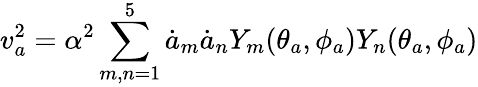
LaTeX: v_{a}^{2}=\alpha^{2}\sum_{m,n=1}^{5}\dot{a}_{m}\dot{a}_{n}Y_{m}(\theta_{a},\phi_{a})Y_{n}(\theta_{a},\phi_{a})